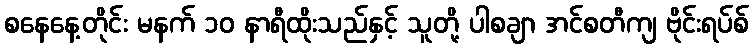
စနေနေ့တိုင်း မနက် ၁၀ နာရီထိုးသည်နှင့် သူတို့ ပါစချာ အင်စတီကျ ဗိုင်းရပ်စ်